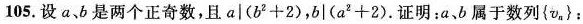
105.设a、b是两个正奇数，且$$a|(b^{2}+2)$$，$$b|(a^{2}+2)$$.证明：a、b属于数列\left \{v_{n}\right \}；